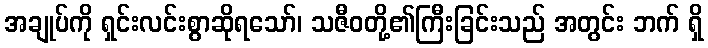
အချုပ်ကို ရှင်းလင်းစွာဆိုရသော်၊ သဇီဝတို့၏ကြီးခြင်းသည် အတွင်း ဘက် ရှိ